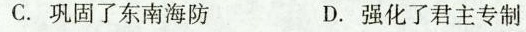
C.巩固了东南海防 D.强化了君主专制